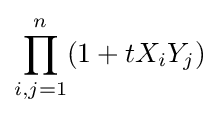
\prod _{i,j=1}^{n}(1+tX_{i}Y_{j})